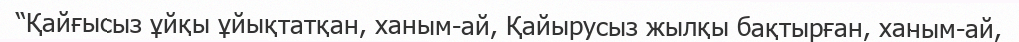
“Қайғысыз ұйқы ұйықтатқан, ханым-ай, Қайырусыз жылқы бақтырған, ханым-ай,